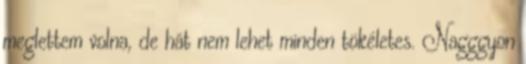
meglettem volna, de hát nem lehet minden tökéletes. Nagggyon